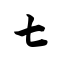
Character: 七